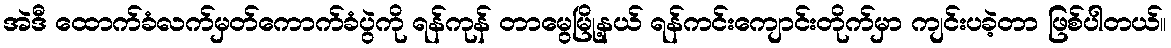
အဲဒီ ထောက်ခံလက်မှတ်ကောက်ခံပွဲကို ရန်ကုန် တာမွေမြို့နယ် ရန်ကင်းကျောင်းတိုက်မှာ ကျင်းပခဲ့တာ ဖြစ်ပါတယ်။